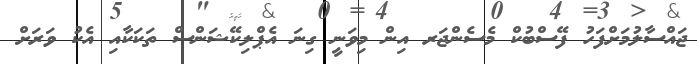
ޖައްސާލުމަށްފަހު ފޭސްބުކް މެސެންޖަރ އިން މިވަނީ ގިނަ އެޕްލިކޭޝަންސް ތަކަކާއި އެކު ވަރަށް